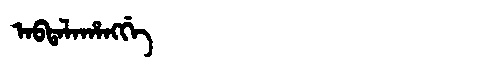
Manchu: ᠠᠪᡨᠠᠯᠠᡥᠠᠩᡤᡝ
Romanization: ABTALAHANGGE